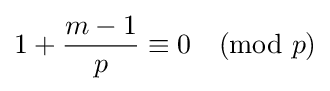
1+{\frac {m-1}{p}}\equiv 0{\pmod {p}}